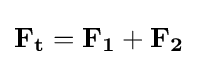
\mathbf {F_{t}} =\mathbf {F_{1}} +\mathbf {F_{2}}